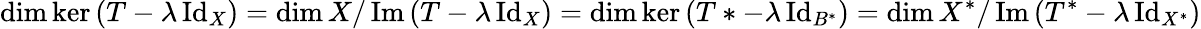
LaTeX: \dim\ker\left(T-\lambda\operatorname{Id}_{X}\right)=\dim X/\operatorname{Im}\left(T-\lambda\operatorname{Id}_{X}\right)=\dim\ker\left(T*-\lambda\operatorname{Id}_{B^{*}}\right)=\dim X^{*}/\operatorname{Im}\left(T^{*}-\lambda\operatorname{Id}_{X^{*}}\right)